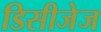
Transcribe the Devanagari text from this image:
डिसीजेज